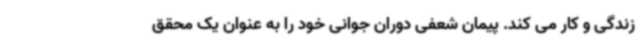
زندگی و کار می کند. پیمان شعفی دوران جوانی خود را به عنوان یک محقق